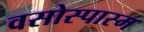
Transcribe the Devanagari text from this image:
वसोस्पास्म